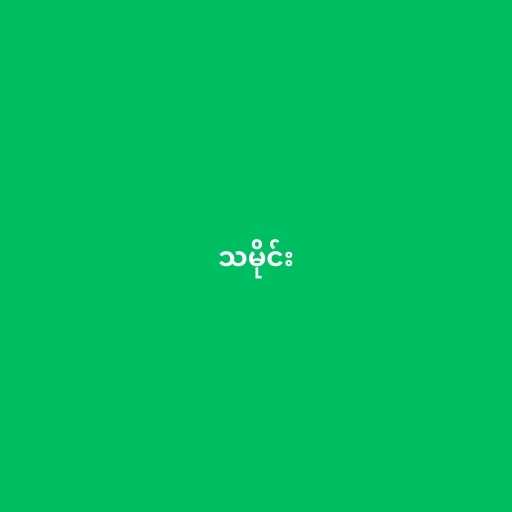
သမိုင်း